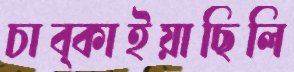
চাব্‌কাইয়াছিলি